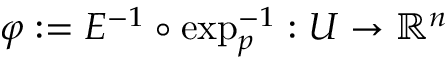
\varphi : = E ^ { - 1 } \circ \exp _ { p } ^ { - 1 } : U \rightarrow \mathbb { R } ^ { n }